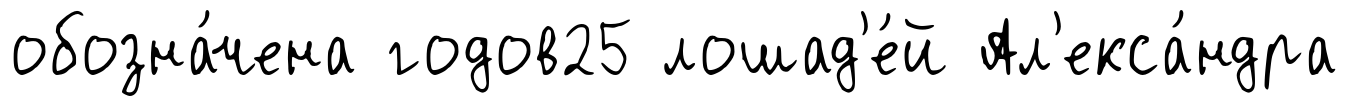
обозна́чена годов25 лошад'е́й Ал'екса́ндра